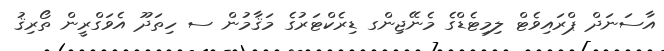
އާސަނަދް ޕްރައިވެޓް ލިމިޓެޑްގެ މެނޭޖިންގ ޑިރެކްޓަރުގެ މަޤާމުން ސ ހިތަދޫ އެވަގްރީން ތޯރިޤު